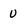
Character: u